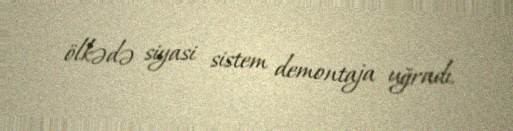
ölkədə siyasi sistem demontaja uğradı.